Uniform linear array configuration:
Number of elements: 32
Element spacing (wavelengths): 0.25
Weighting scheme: blackman
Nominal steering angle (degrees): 0
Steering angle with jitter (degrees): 1.835
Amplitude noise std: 0.05
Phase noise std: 0.05

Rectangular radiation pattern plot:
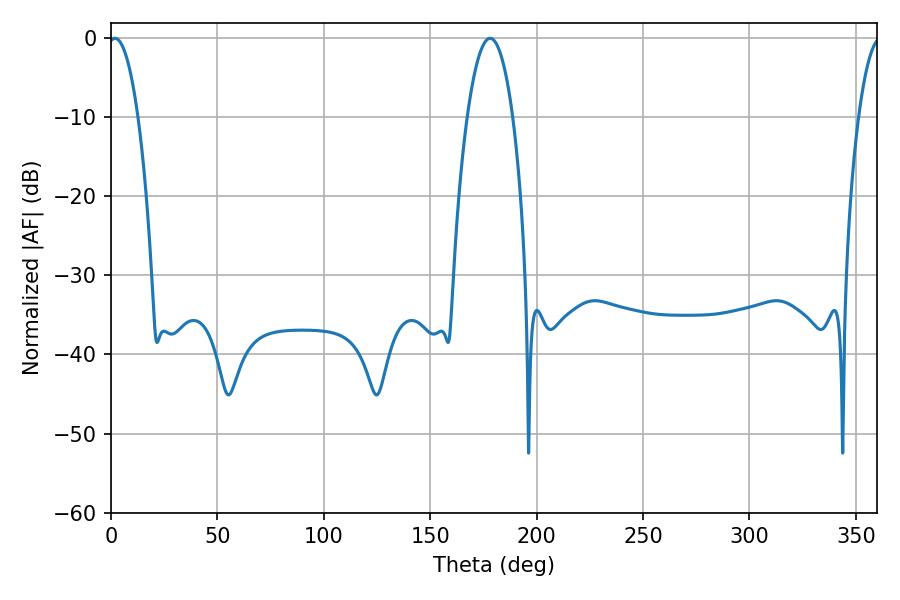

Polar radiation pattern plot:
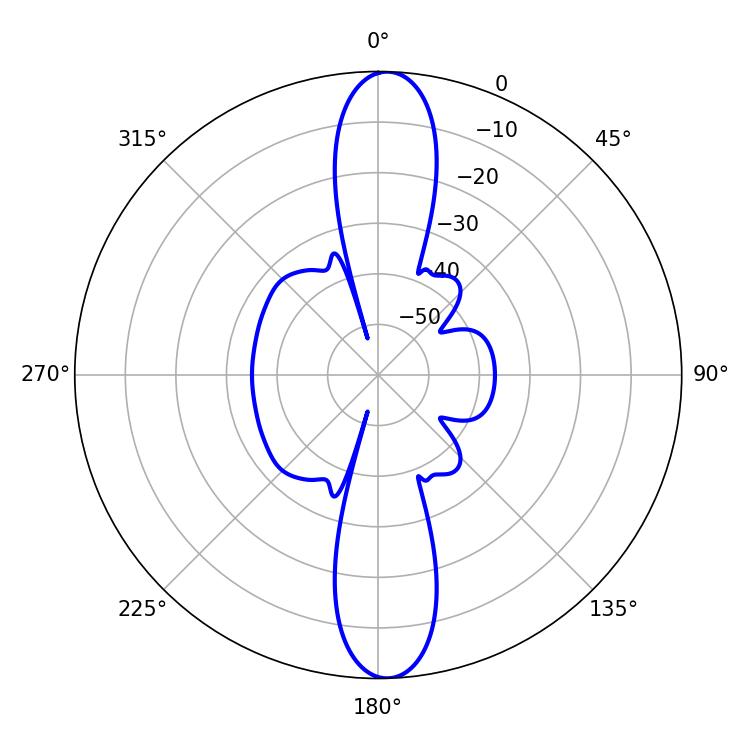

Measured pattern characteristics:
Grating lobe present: FALSE
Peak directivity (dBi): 21.422
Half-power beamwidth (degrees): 7.92
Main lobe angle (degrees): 1.8